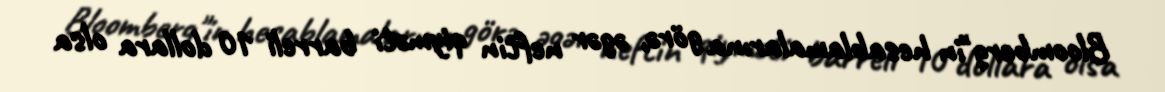
Bloomberg"in hesablamalarına görə, əgər neftin qiyməti barreli 10 dollara olsa